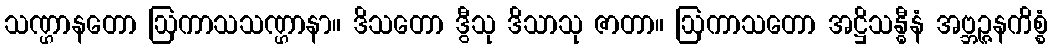
သဏ္ဌာနတော ဩကာသသဏ္ဌာနာ။ ဒိသတော ဒွီသု ဒိသာသု ဇာတာ။ ဩကာသတော အဋ္ဌိသန္ဓီနံ အဗ္ဘဉ္ဇနကိစ္စံ